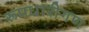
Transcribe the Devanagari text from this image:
रूपधारीगण